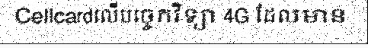
Cellcardលើបច្ចេកវិទ្យា 4G ដែលមាន